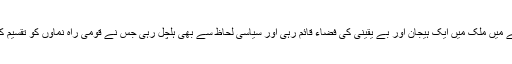
اس سارے عرصے میں ملک میں ایک ہیجان اور بے یقینی کی فضاء قائم رہی اور سیاسی لحاظ سے بھی ہلچل رہی جس نے قومی راہ نماؤں کو تقسیم کرکے رکھ دیا تھا۔